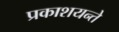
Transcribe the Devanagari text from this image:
प्रकाशयन्ते